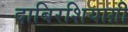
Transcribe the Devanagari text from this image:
दाबिरशियाग़ी